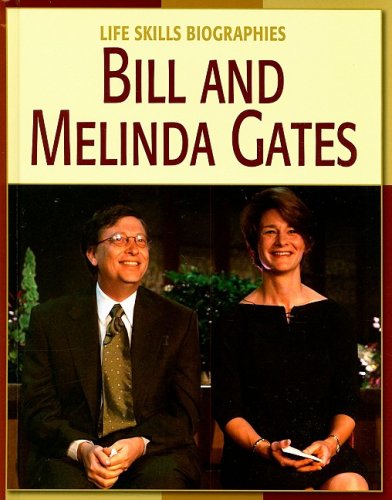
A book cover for Bill and Melinda Gates (Life Skills Biographies); Dana Meachen Rau; Children's Books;